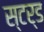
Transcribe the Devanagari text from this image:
स्टर्ड